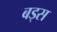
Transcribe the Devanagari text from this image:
बड्स